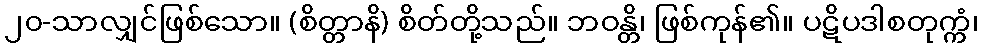
၂၀-သာလျှင်ဖြစ်သော။ (စိတ္တာနိ) စိတ်တို့သည်။ ဘဝန္တိ၊ ဖြစ်ကုန်၏။ ပဋိပဒါစတုက္ကံ၊